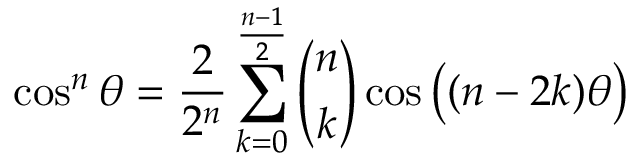
\cos ^ { n } \theta = { \frac { 2 } { 2 ^ { n } } } \sum _ { k = 0 } ^ { \frac { n - 1 } { 2 } } { \binom { n } { k } } \cos { { \big ( } ( n - 2 k ) \theta { \big ) } }